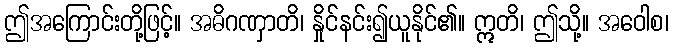
ဤအကြောင်းတို့ဖြင့်။ အဓိဂဏှာတိ၊ နှိုင်နင်း၍ယူနိုင်၏။ ဣတိ၊ ဤသို့။ အဝေါစ၊